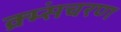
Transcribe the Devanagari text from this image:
क्र्म्संचरण